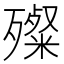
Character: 殩